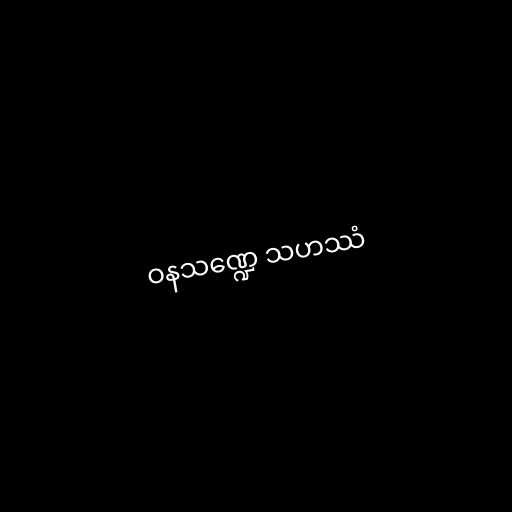
ဝနသဏ္ဍေ သဟဿံ